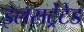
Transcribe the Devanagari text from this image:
इलसट्रेटेड